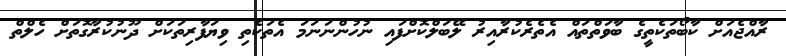
ރާއްޖެއަށް ކާބޯތަކެތީގެ ބާވަތްތައް އެތެރެކުރާއިރު ލޭބަލްކޮށްފައި ނުހުންނަނަމަ އެތަކެތި ވިޔަފާރިތަކަށް ދޫނުކުރާގޮތަށް ހެލްތް